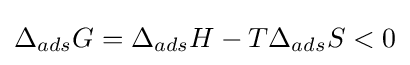
\Delta _{ads}G=\Delta _{ads}H-{T}\Delta _{ads}S<0